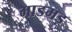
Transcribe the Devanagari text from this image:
माडमड़